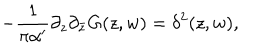
- \frac 1 { \pi \alpha ^ { \prime } } \partial _ { z } \partial _ { \bar { z } } G ( z , w ) = \delta ^ { 2 } ( z , w ) ,